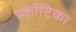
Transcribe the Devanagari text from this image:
स्कॉटिका